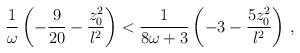
LaTeX: \begin{align*}{1\over \omega} \left( -{9\over {20}} - {{z_0 ^2}\over l^2} \right) <{1 \over {8\omega +3}} \left(-3 -{{5z_0 ^2}\over l^2} \right) \, ,\end{align*}